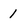
Character: 1